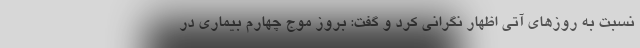
نسبت به روزهای آتی اظهار نگرانی کرد و گفت: بروز موج چهارم بیماری در